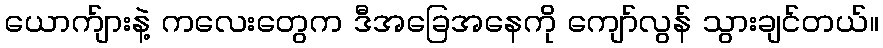
ယောက်ျားနဲ့ ကလေးတွေက ဒီအခြေအနေကို ကျော်လွန် သွားချင်တယ်။